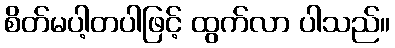
စိတ်မပါ့တပါဖြင့် ထွက်လာ ပါသည်။